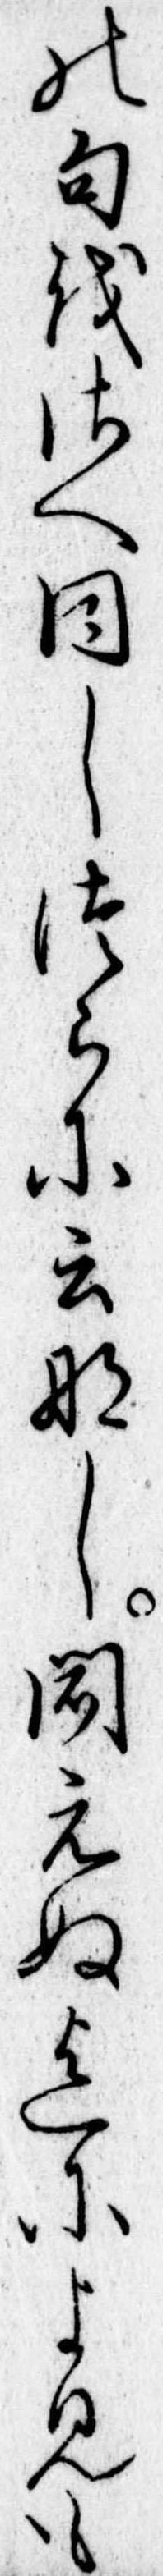
の句をさへ同しつらに云なし聞えぬ迄によみも